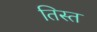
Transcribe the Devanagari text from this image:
तिस्‍त